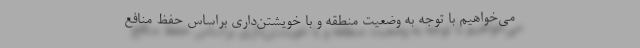
می‌خواهیم با توجه به وضعیت منطقه و با خویشتن‌داری براساس حفظ منافع